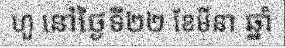
ហួ នៅថ្ងៃទី២២ ខែមីនា ឆ្នាំ